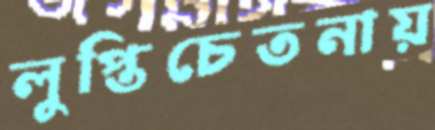
লুপ্তিচেতনায়